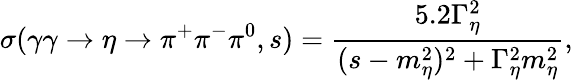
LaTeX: \sigma(\gamma\gamma\to\eta\to\pi^{+}\pi^{-}\pi^{0},s)=\frac{5.2\Gamma_{\eta}^{2}}{(s-m_{\eta}^{2})^{2}+\Gamma_{\eta}^{2}m_{\eta}^{2}},